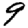
Digit: 9